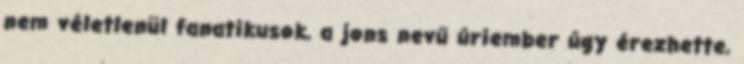
nem véletlenül fanatikusok, a jons nevű úriember úgy érezhette,